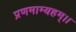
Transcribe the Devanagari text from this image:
प्रणमाम्यहम्।।